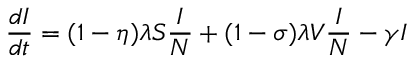
\frac { d I } { d t } = ( 1 - \eta ) \lambda S \frac { I } { N } + ( 1 - \sigma ) \lambda V \frac { I } { N } - \gamma I